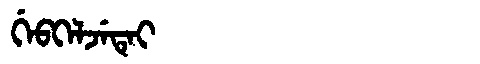
Manchu: ᡤᡝᠪᡴᡝᠯᠵᡝᡨᡝᡳ
Romanization: GEBKELJETEI